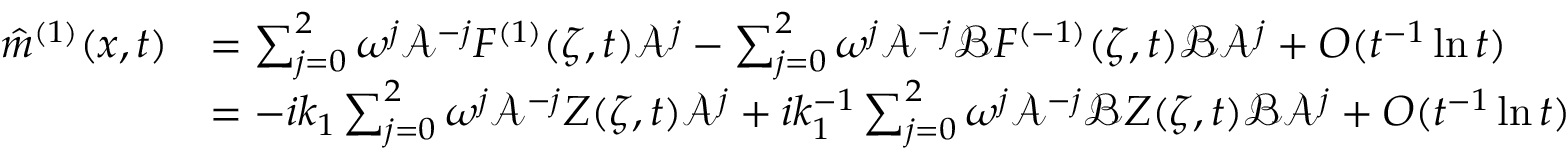
\begin{array} { r l } { \hat { m } ^ { ( 1 ) } ( x , t ) } & { = \sum _ { j = 0 } ^ { 2 } \omega ^ { j } \mathcal { A } ^ { - j } F ^ { ( 1 ) } ( \zeta , t ) \mathcal { A } ^ { j } - \sum _ { j = 0 } ^ { 2 } \omega ^ { j } \mathcal { A } ^ { - j } \mathcal { B } F ^ { ( - 1 ) } ( \zeta , t ) \mathcal { B } \mathcal { A } ^ { j } + O ( t ^ { - 1 } \ln t ) } \\ & { = - i k _ { 1 } \sum _ { j = 0 } ^ { 2 } \omega ^ { j } \mathcal { A } ^ { - j } Z ( \zeta , t ) \mathcal { A } ^ { j } + i k _ { 1 } ^ { - 1 } \sum _ { j = 0 } ^ { 2 } \omega ^ { j } \mathcal { A } ^ { - j } \mathcal { B } Z ( \zeta , t ) \mathcal { B } \mathcal { A } ^ { j } + O ( t ^ { - 1 } \ln t ) } \end{array}